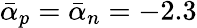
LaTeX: \bar{\alpha}_{p}=\bar{\alpha}_{n}=-2.3